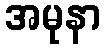
အမုနာ